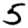
Digit: 5